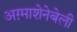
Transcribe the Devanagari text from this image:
अग़्माशेनेबेली